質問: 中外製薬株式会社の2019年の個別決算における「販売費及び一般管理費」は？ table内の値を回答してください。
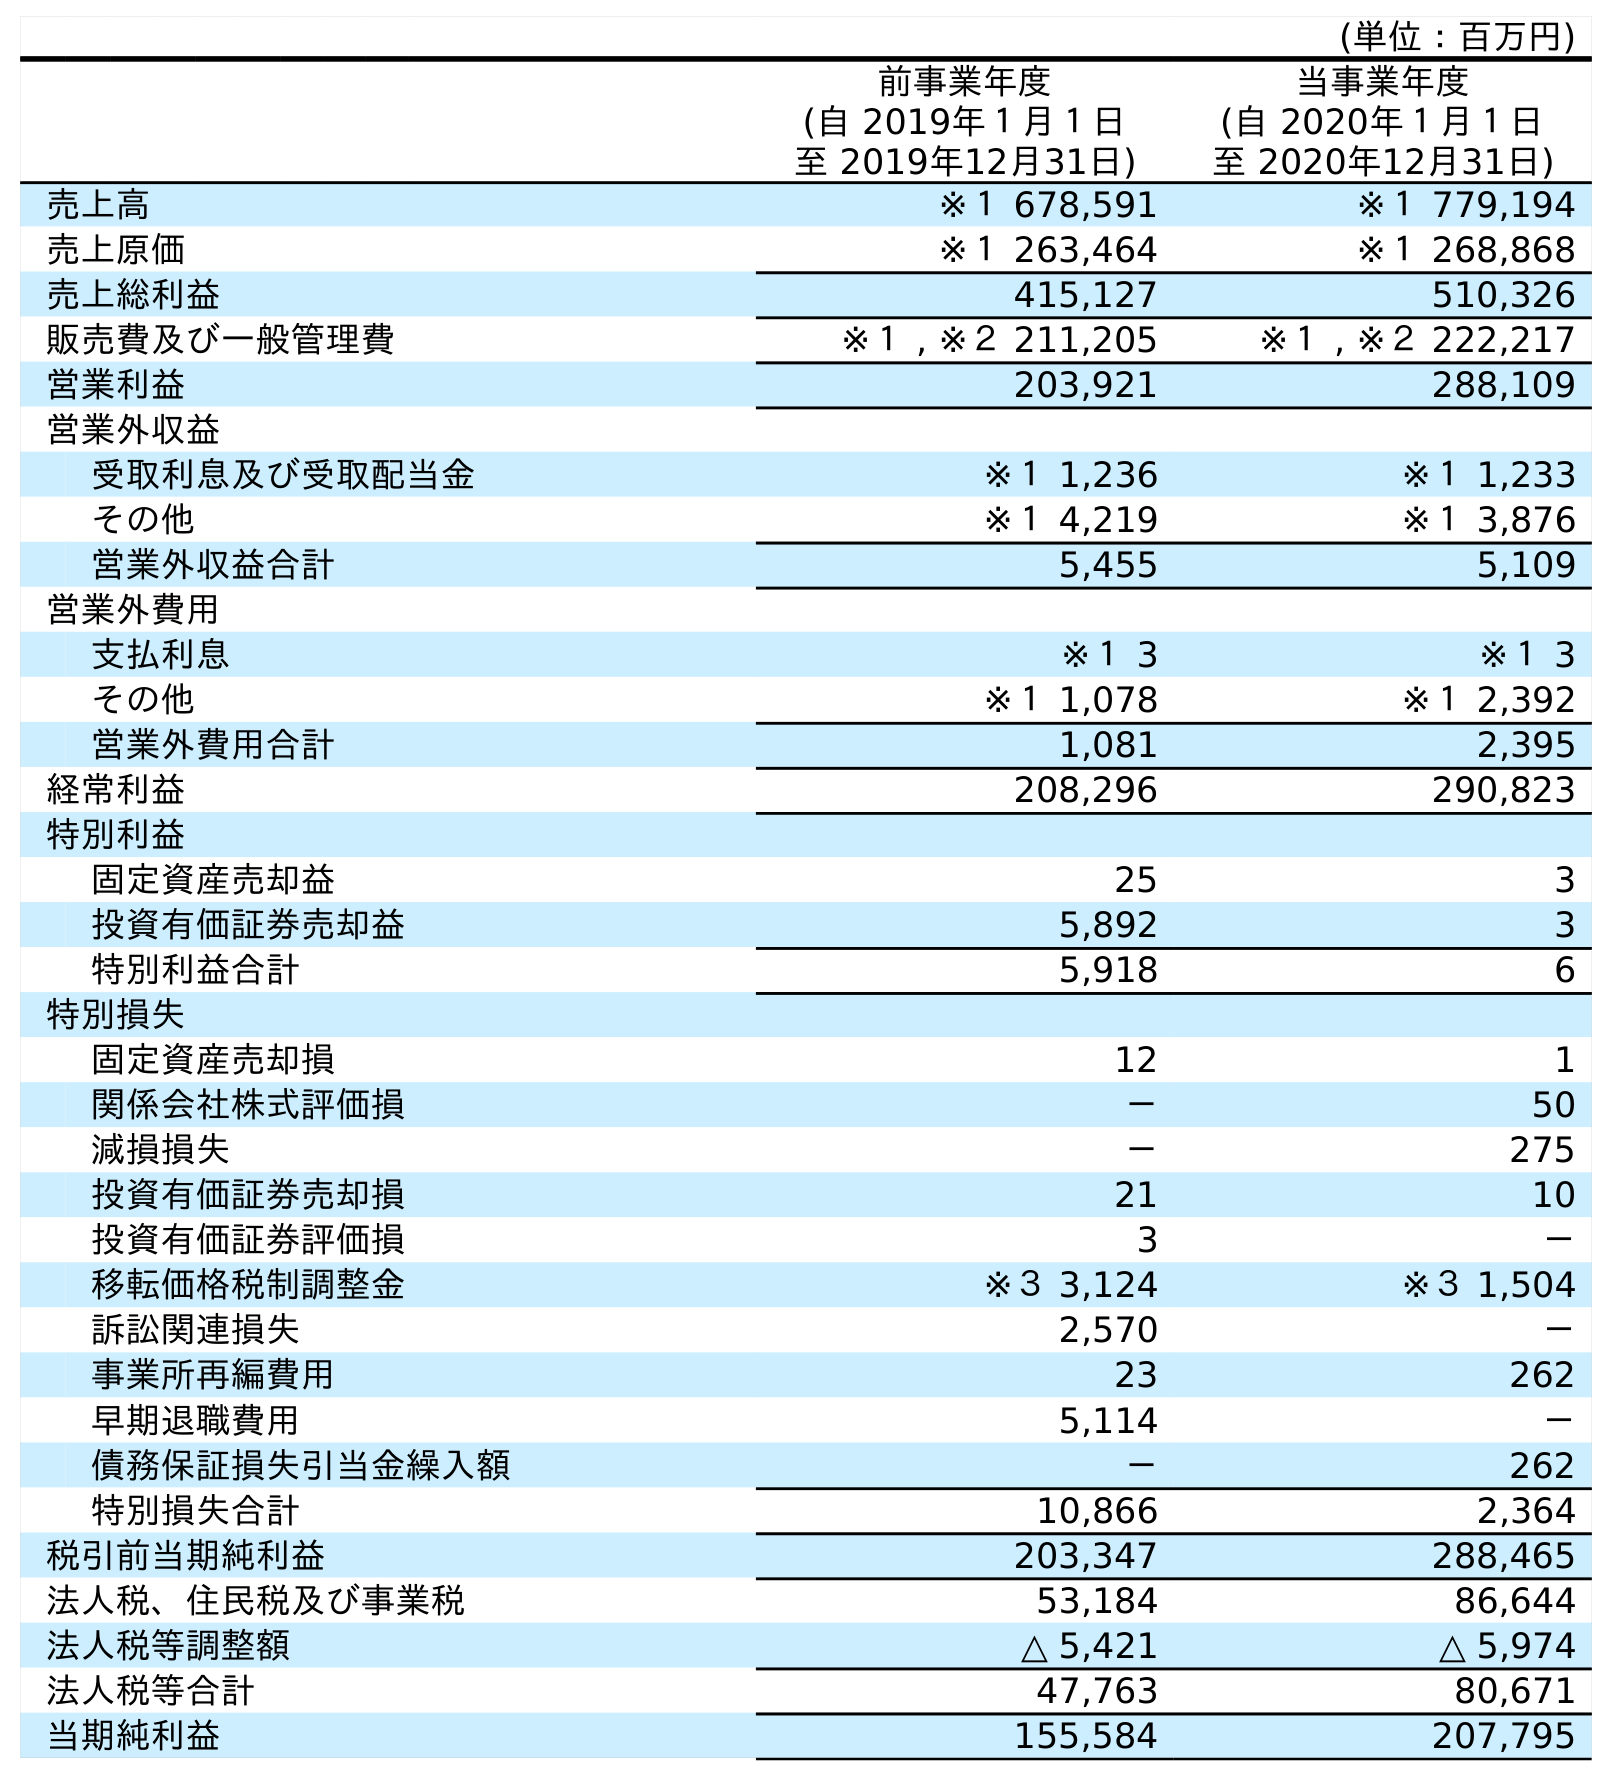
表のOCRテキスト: (単位：百万円) 前事業年度 (自 2019年１月１日 至 2019年12月31日) 当事業年度 (自 2020年１月１日 至 2020年12月31日) 売上高 ※１ 678,591 ※１ 779,194 売上原価 ※１ 263,464 ※１ 268,868 売上総利益 415,127 510,326 販売費及び一般管理費 ※１ , ※２ 211,205 ※１ , ※２ 222,217 営業利益 203,921 288,109 営業外収益 受取利息及び受取配当金 ※１ 1,236 ※１ 1,233 その他 ※１ 4,219 ※１ 3,876 営業外収益合計 5,455 5,109 営業外費用 支払利息 ※１ 3 ※１ 3 その他 ※１ 1,078 ※１ 2,392 営業外費用合計 1,081 2,395 経常利益 208,296 290,823 特別利益 固定資産売却益 25 3 投資有価証券売却益 5,892 3 特別利益合計 5,918 6 特別損失 固定資産売却損 12 1 関係会社株式評価損 － 50 減損損失 － 275 投資有価証券売却損 21 10 投資有価証券評価損 3 － 移転価格税制調整金 ※３ 3,124 ※３ 1,504 訴訟関連損失 2,570 － 事業所再編費用 23 262 早期退職費用 5,114 － 債務保証損失引当金繰入額 － 262 特別損失合計 10,866 2,364 税引前当期純利益 203,347 288,465 法人税、住民税及び事業税 53,184 86,644 法人税等調整額 △ 5,421 △ 5,974 法人税等合計 47,763 80,671 当期純利益 155,584 207,795
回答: ※１,※２211,205